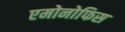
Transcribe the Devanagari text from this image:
एमोनोफिस